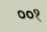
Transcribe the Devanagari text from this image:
००१